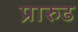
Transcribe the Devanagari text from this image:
प्रारुढ